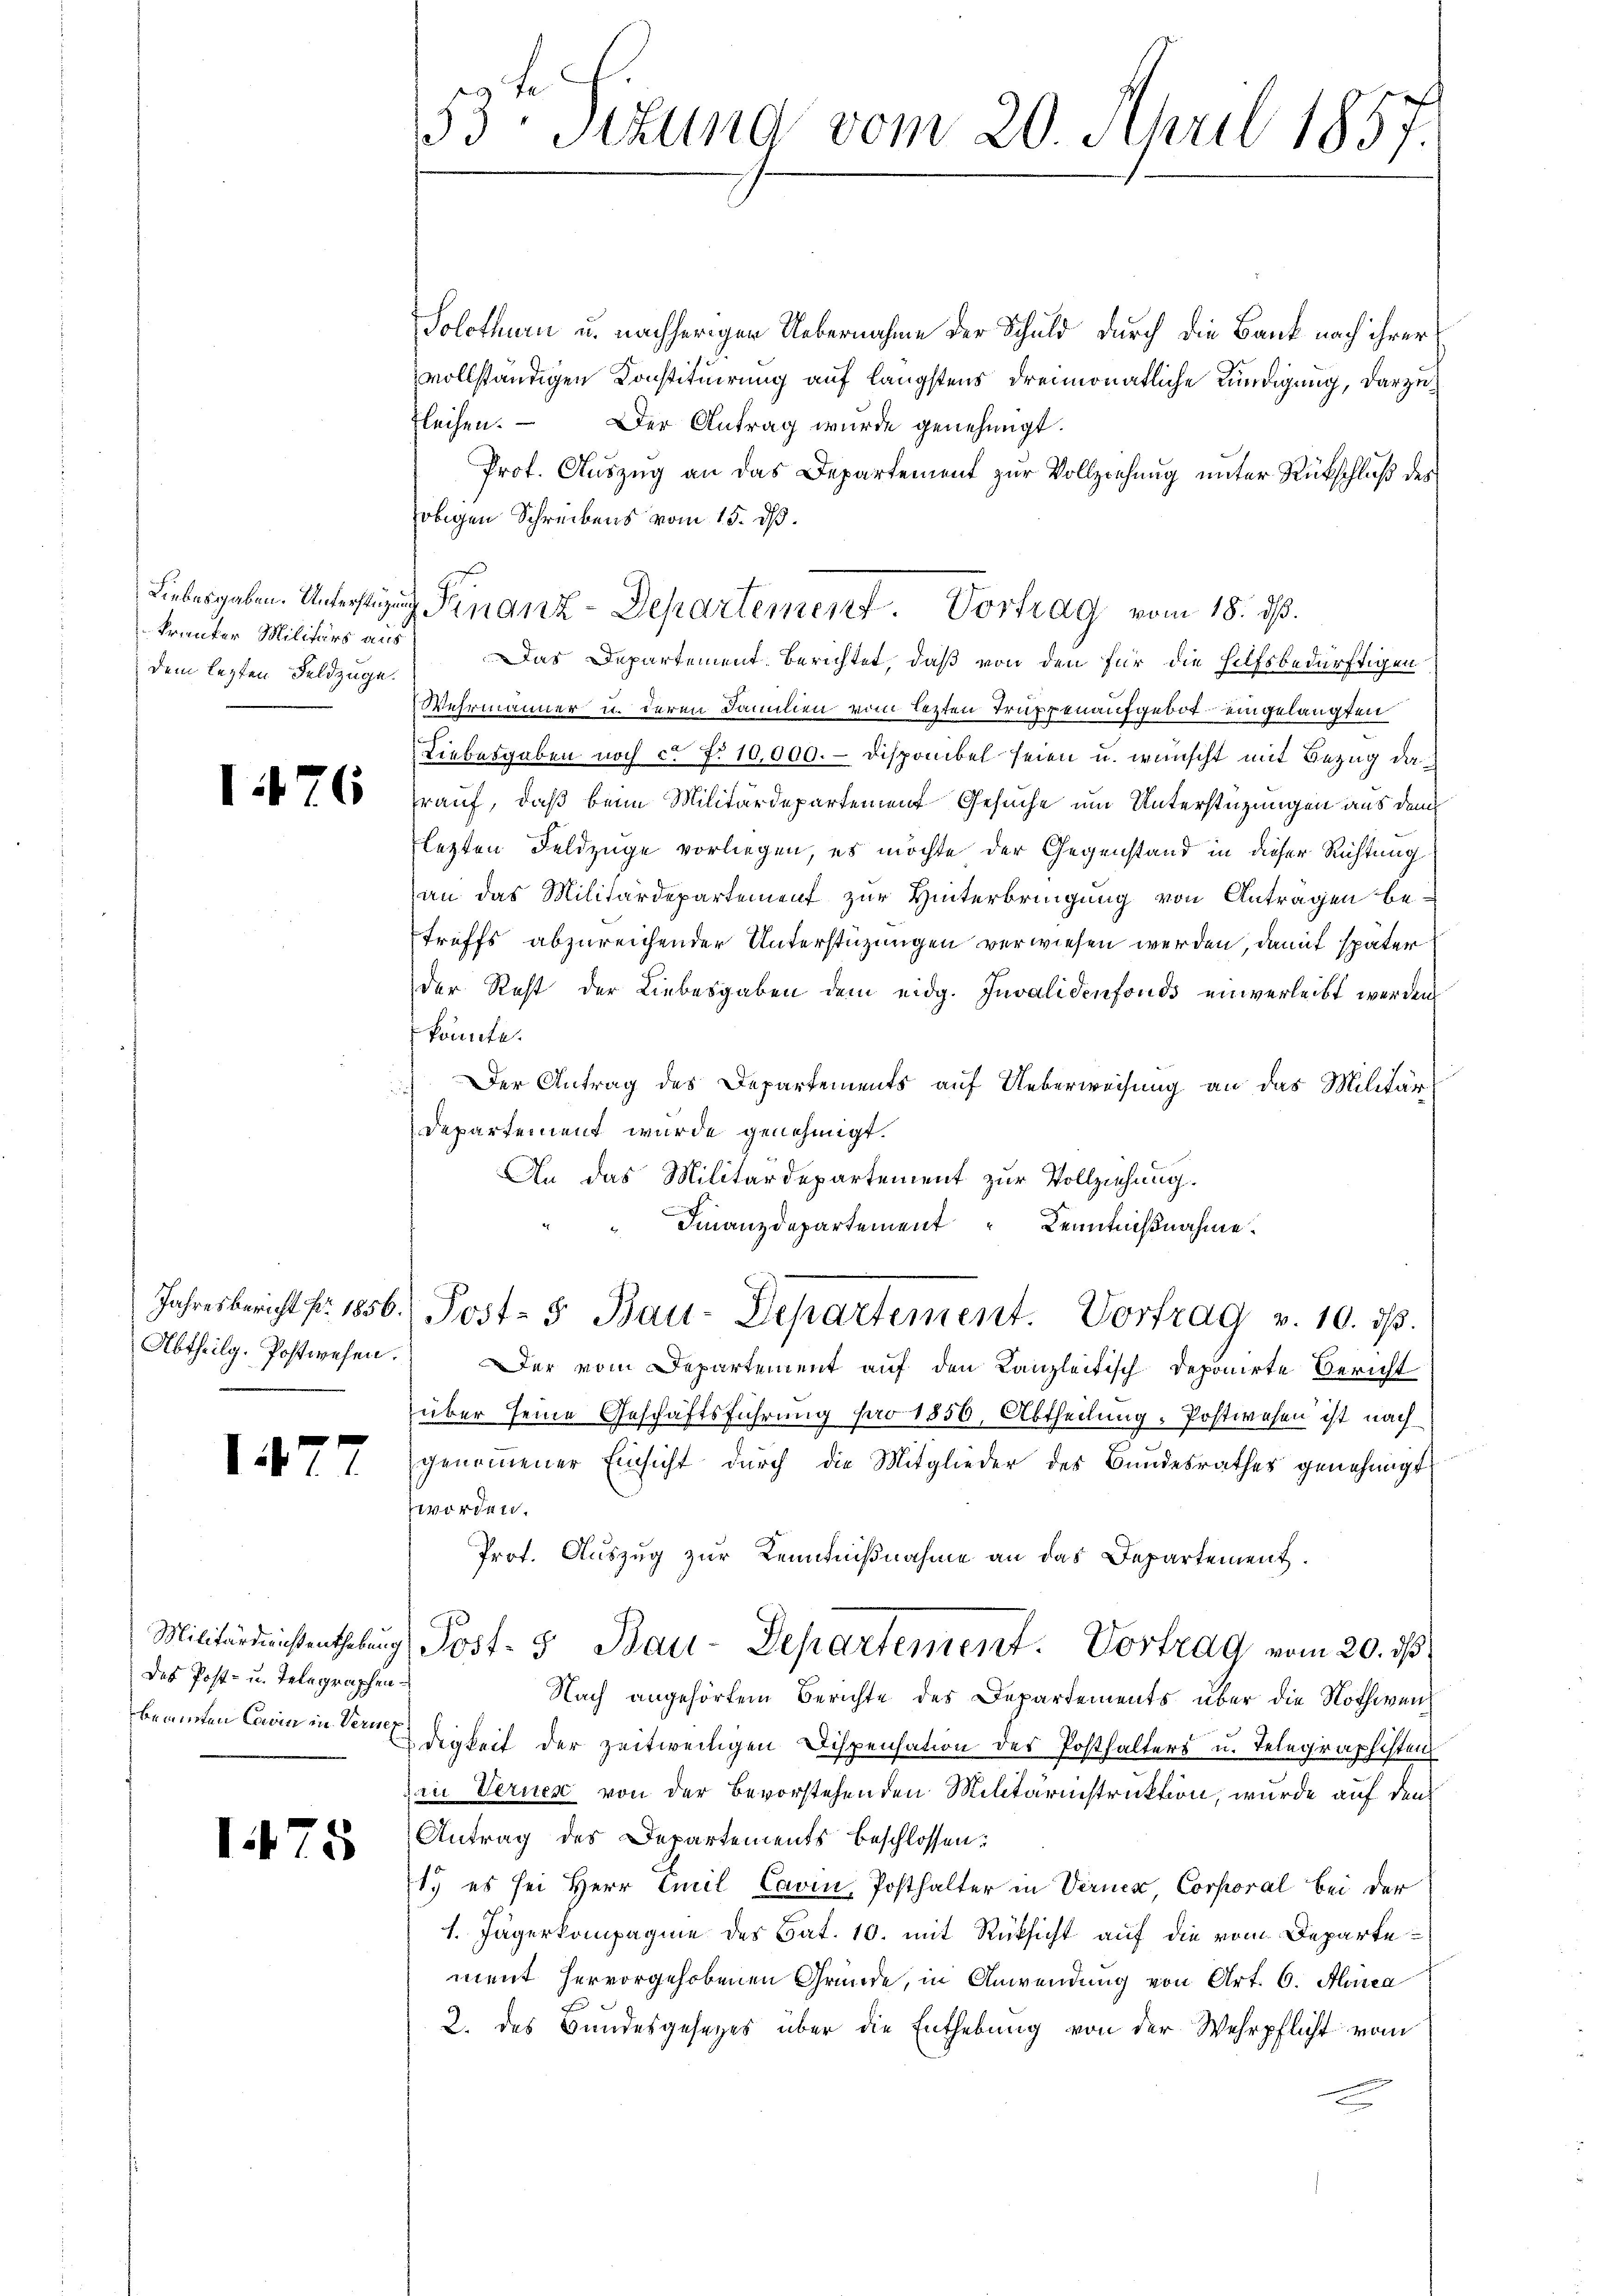
dem lezten Feldzüge.

1176

147

des Post- u. Telegraphen¬

175

Solothurn u. nachheriger Uebernahme der Schuld durch die Bank nach ihrer
vollständigen Konstituirung auf längstens dreimonatliche Kündigung, darzufleihen. — Der Antrag wurde genehmigt.
Prof. Auszug an das Departement zur Vollziehung unter Rückschluß des
obigen Schreibens vom 15. ds.
krunter Militärs aus Das Departement berichtet, daß von den für die hilfsbedürftigen
Wehrmänner u. deren Familien vom Lezten Truppenaufgebot eingelangten
Liebesgaben noch ca P. 10,000.- Disponibel seien u. wünscht mit Bezug da
rauf, daß beim Militärdepartement Gesuche um Unterstüzungen aus dem
lezten Feldzüge vorliegen, es möchte der Gegenstand in dieser Richtung
an das Militärdepartement zur Hinterbringung von Antragen betreffs abzureichender Unterstüzungen verwiesen werden, damit später
der Rest der Liebesgaben dem eidg. Invalidenfonds einverleibt werden,
könnte.
 Der Antrag des Departements auf Ueberweisung an das Militärdepartement wurde genehmigt.
An das Militärdepartement zur Vollziehung.
Finanzdepartement Kenntnißnahme.
Jahresbericht fr. 1856. Post- & Bau-Departement. Vortrag v. 10. dβ.
Abtheilg. Postwesen. Der vom Departement auf den Kanzleitisch deponirte Bericht
über seine Geschäftsführung pro 1856, Abtheilung. Postwesen ist nach
genommener Einsicht durch die Mitglieder des Bundesrathes genehmigt
worden.
Prof. Auszug zur Kenntnißnahme an das Departement.
Militärdinistenthebŭng Post- & Bau-Departement. Vortrag vom 20. ds.
Nach angehörtem Berichte des Departements über die Nothwenbeamten Carin in Verdigkeit der zeitweiligen Dispensation des Posthalters u. Telegraphisten
zin Vernes von der Bevorstehenden Militärinstruktion, wurde auf den
Antrag des Departements beschlossen:
s.) es sei Herr Emil Cavin, Posthalter in Verner, Corporal bei der
1. Jägerkompagnie des Cat. 10. mit Rüksicht auf die vom Departement hervorgehobenen Gründe, in Anwendung von Art. 6. Aca
2. des Bundesgesetzes über die Enthebung von der Wehrpflicht vom

53ten Sizung vom 20. April 1857.

Liebesgaben. Unterstützung Finanz-Departement. Vortrag vom 18. ds.